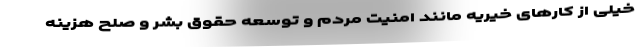
خیلی از کارهای خیریه مانند امنیت مردم و توسعه حقوق بشر و صلح هزینه